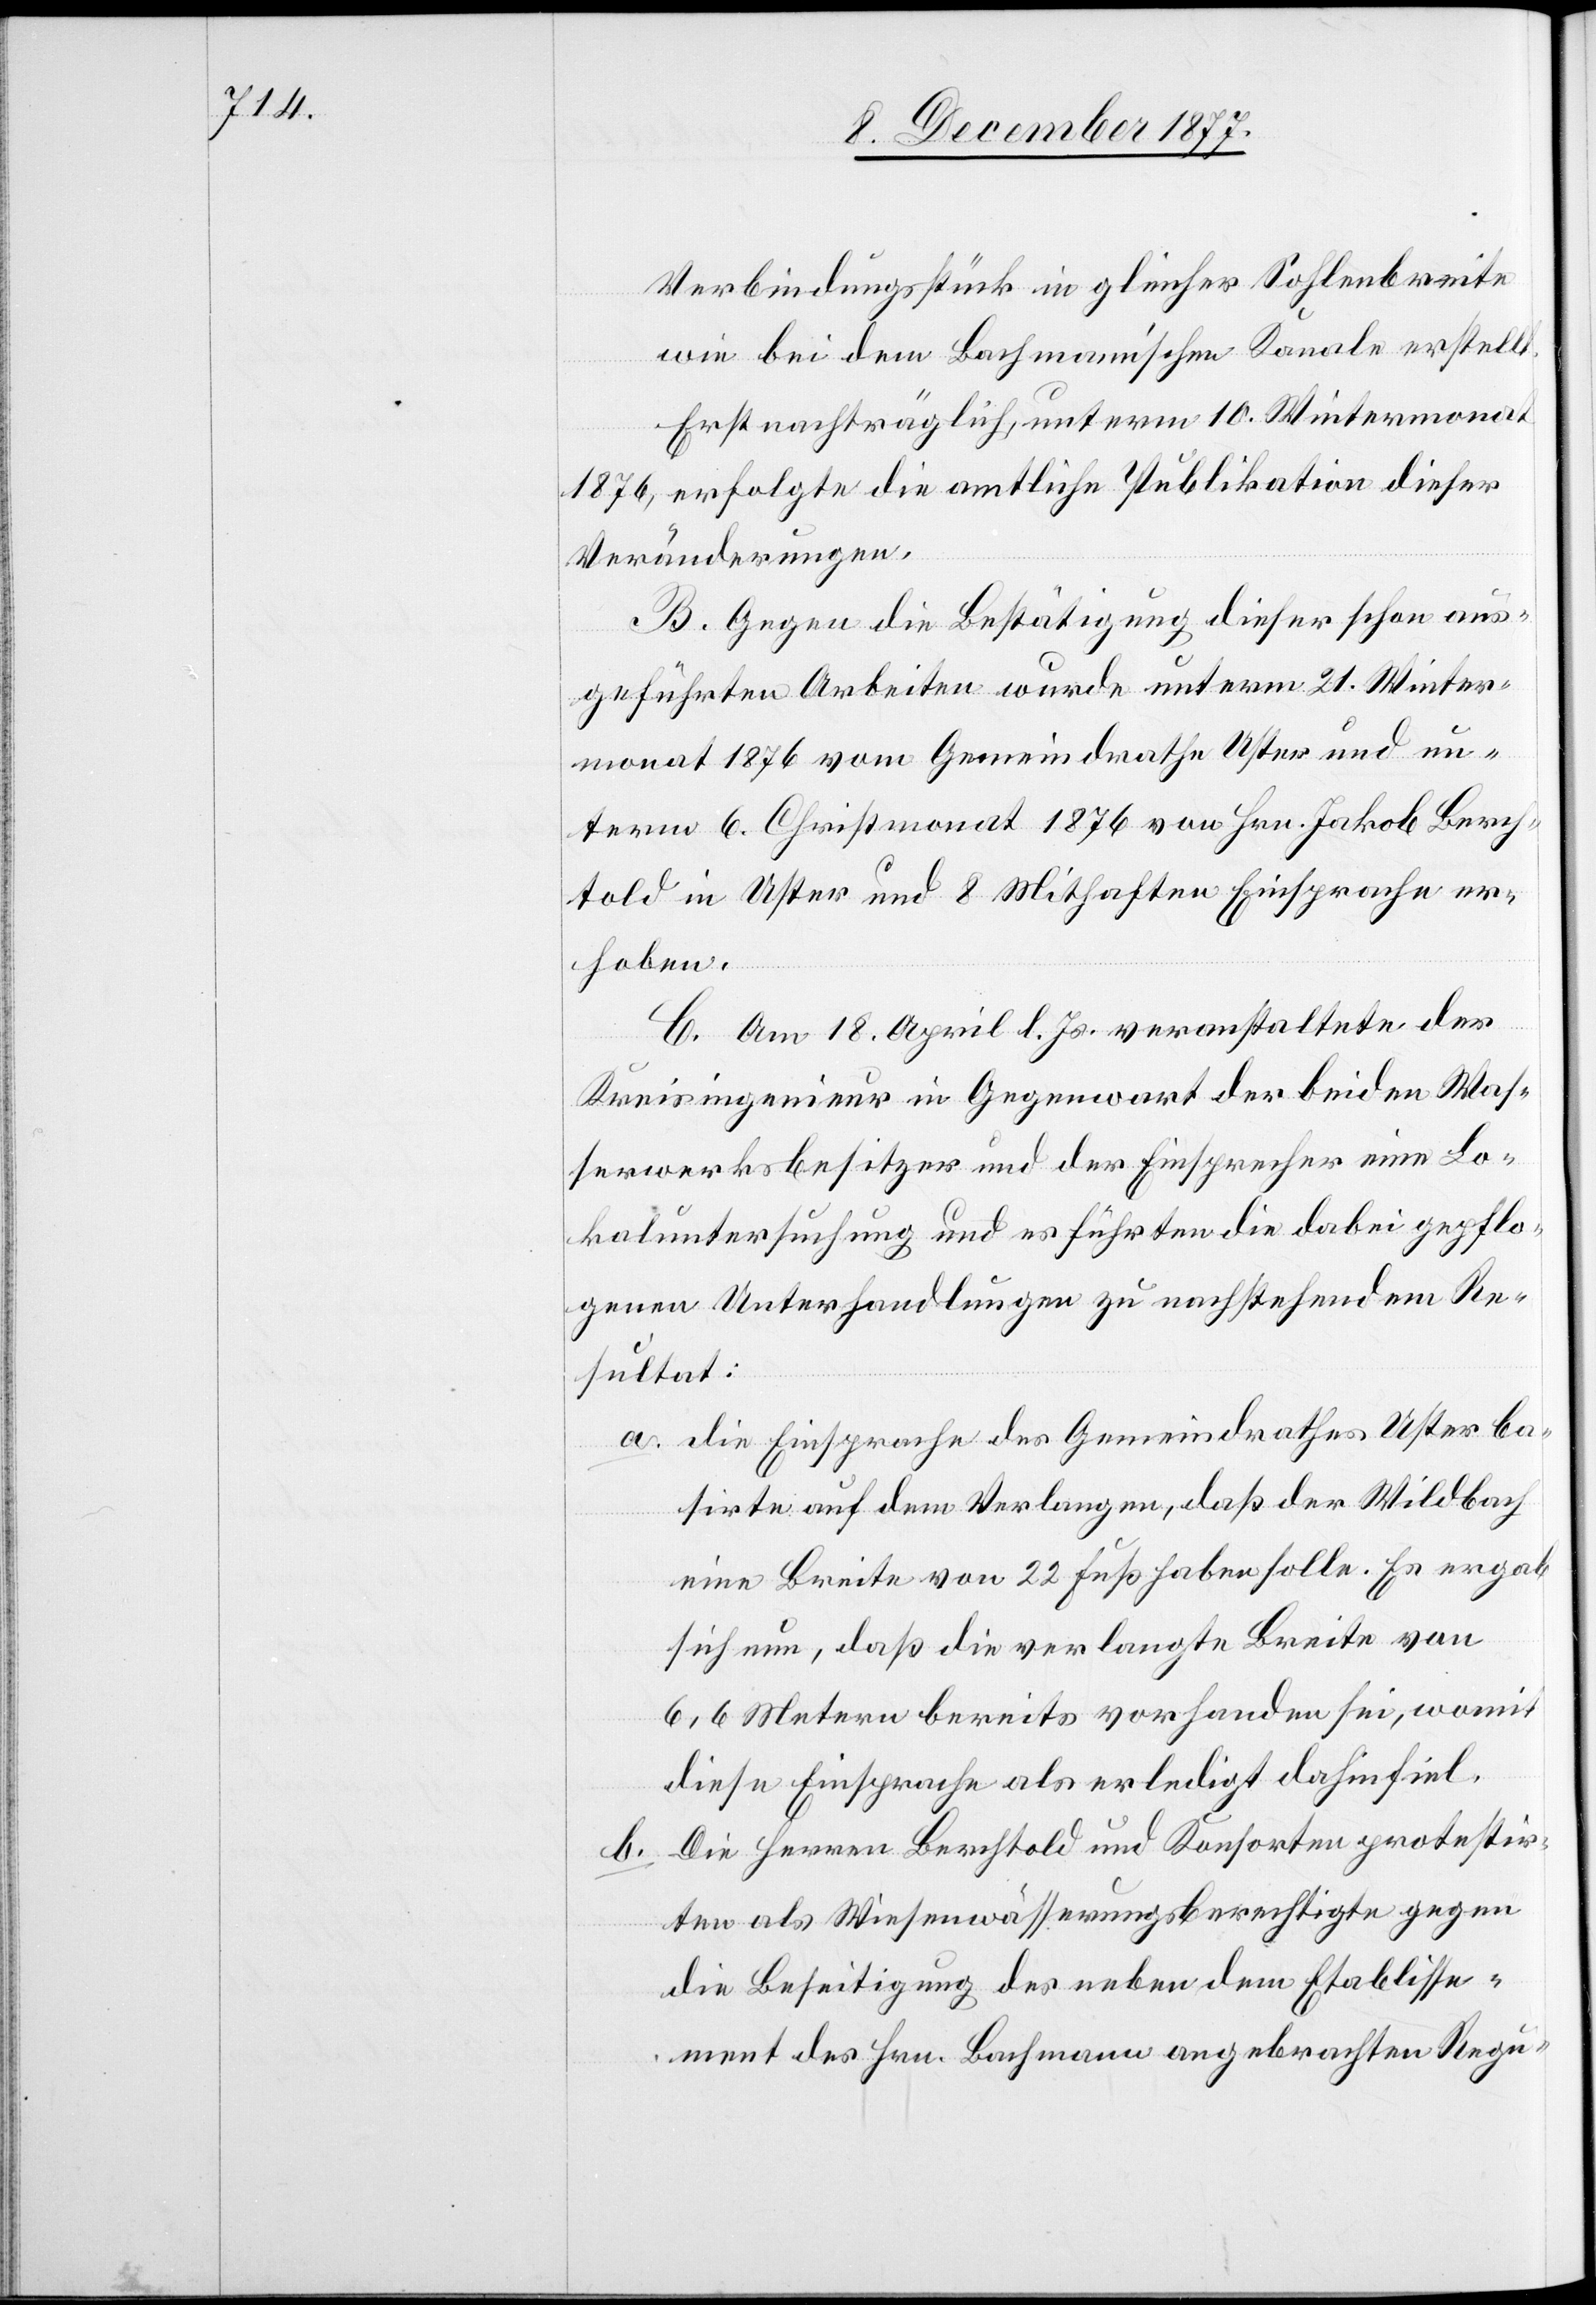
Verbindungsstück in gleicher Sohlenbreite
wie bei dem Bachmann’schen Kanale erstellt.
Erst nachträglich, unterm 10. Wintermonat
1876, erfolgte die amtliche Publikation dieser
Veränderungen.
B. Gegen die Bestätigung dieser schon aus¬
geführten Arbeiten wurde unterm 21. Winter¬
monat 1876 vom Gemeindrathe Uster und un¬
term 6. Christmonat 1876 von Hrn. Jakob Berch¬
told in Uster und 8 Mithaften Einsprache er¬
hoben.
C. Am 18. April l. Js. veranstaltete der
Kreisingenieur in Gegenwart der beiden Was¬
serwerksbesitzer und der Einsprecher eine Lo¬
kaluntersuchung und es führten die dabei gepflo¬
genen Unterhandlungen zu nachstehendem Re¬
sultat:
die Einsprache des Gemeindrathes Uster ba¬
sirte auf dem Verlangen, daß der Wildbach
eine Breite von 22 Fuß haben solle. Es ergab
sich nun, daß die verlangte Breite von
6,6 Metern bereits vorhanden sei, womit
diese Einsprache als erledigt dahinfiel.
Die Herren Berchtold und Konsorten protestir¬
b.
ten als Wiesenwässerungsberechtigte gegen
die Beseitigung des neben dem Etablisse¬
ment des Hrn. Bachmann angebrachten Regu-